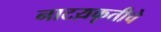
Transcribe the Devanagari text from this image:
नाटय़कृतीचे